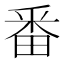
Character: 番